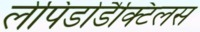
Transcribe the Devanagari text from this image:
लेपिडोडैक्टिलस